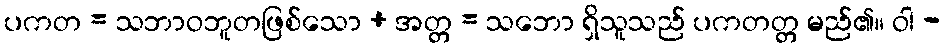
ပကတ = သဘာဝဘူတဖြစ်သော + အတ္တ = သဘော ရှိသူသည် ပကတတ္တ မည်၏။ ဝါ -